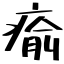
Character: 瘉